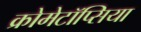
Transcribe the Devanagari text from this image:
क्रोमेटॉप्सिया